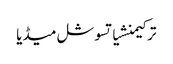
ترکیمنشیاتسوشل میڈیا